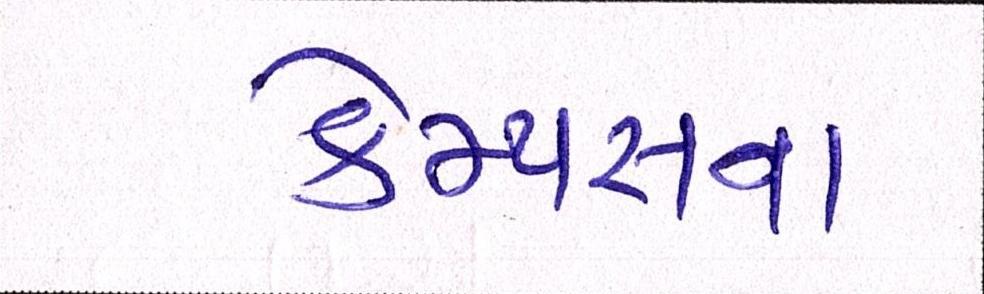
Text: કેમ્પસના